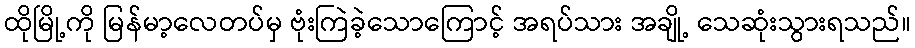
ထိုမြို့ကို မြန်မာ့လေတပ်မှ ဗုံးကြဲခဲ့သောကြောင့် အရပ်သား အချို့ သေဆုံးသွားရသည်။